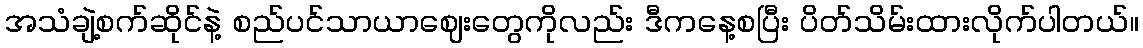
အသံချဲ့စက်ဆိုင်နဲ့ စည်ပင်သာယာဈေးတွေကိုလည်း ဒီကနေ့စပြီး ပိတ်သိမ်းထားလိုက်ပါတယ်။